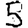
Digit: 5